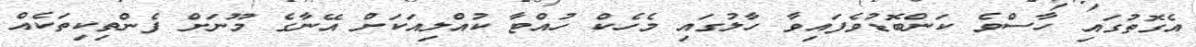
އެގޮތުގައި ހާސްވެ ކަންބޮޑުވެފައިވާ ހާލުގައި މެހެކް ހުއްޓާ ކުއްލިއަކަށް އޭނާގެ މޫނަށް ފެންތިކިތަކެއް